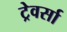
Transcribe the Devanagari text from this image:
ट्रेवर्सा